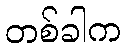
တစ်ခါက